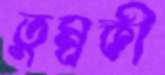
তুম্বকী